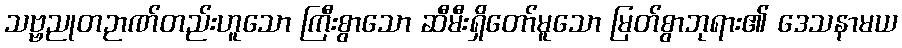
သဗ္ဗညုတဉာဏ်တည်းဟူသော ကြီးစွာသော ဆီမီးရှိတော်မူသော မြတ်စွာဘုရား၏ ဒေသနာမယ